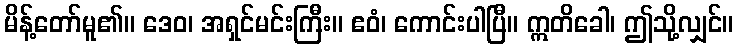
မိန့်တော်မူ၏။ ဒေဝ၊ အရှင်မင်းကြီး။ ဧဝံ၊ ကောင်းပါပြီ။ ဣတိခေါ၊ ဤသို့လျှင်။